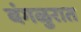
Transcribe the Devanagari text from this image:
बंगळुरात